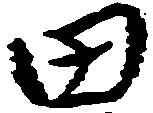
田